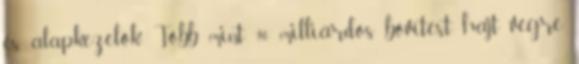
és alapkezelők Több mint 90 milliárdos bővítést hajt végre